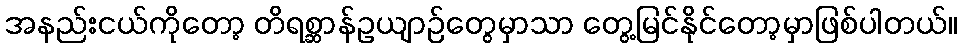
အနည်းငယ်ကိုတော့ တိရစ္ဆာန်ဥယျာဉ်တွေမှာသာ တွေ့မြင်နိုင်တော့မှာဖြစ်ပါတယ်။